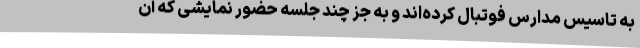
به تاسیس مدارس فوتبال کرده‌اند و به جز چند جلسه حضور نمایشی که آن